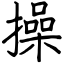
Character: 操